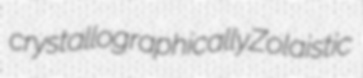
crystallographically Zolaistic